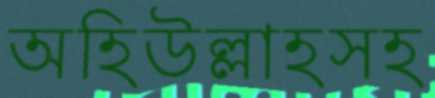
অহিউল্লাহসহ